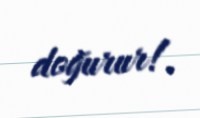
doğurur!.